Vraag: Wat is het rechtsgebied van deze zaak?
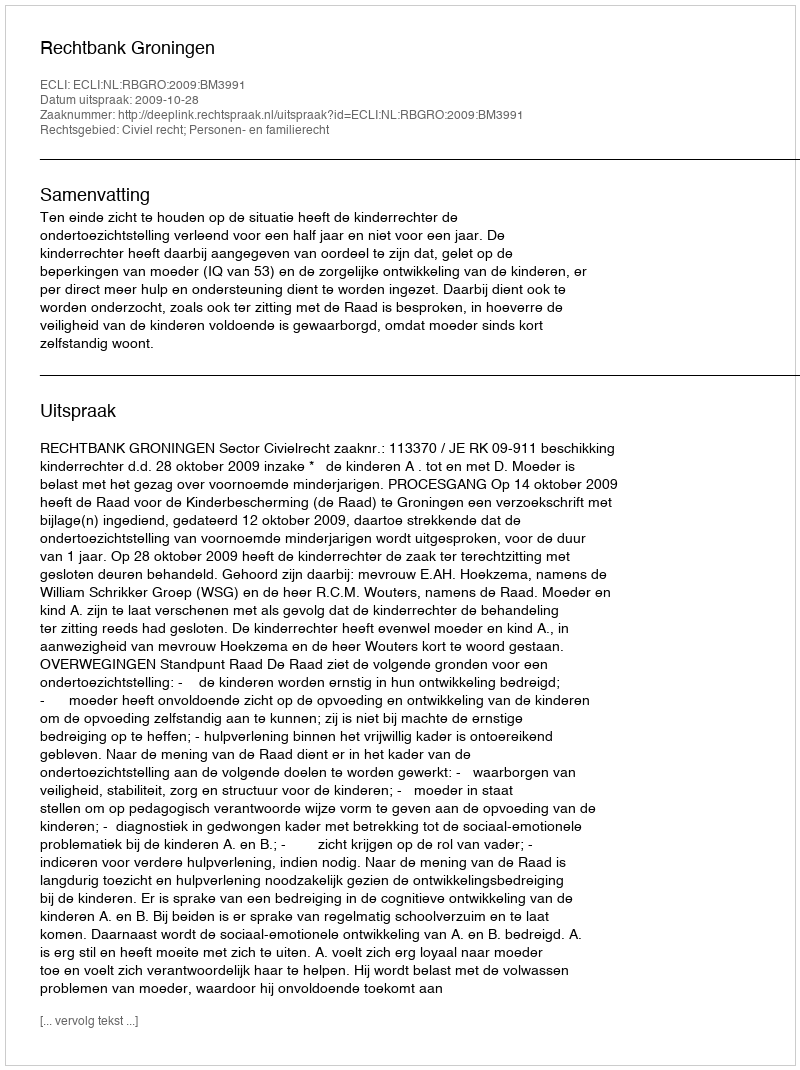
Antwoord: Civiel recht; Personen- en familierecht